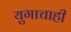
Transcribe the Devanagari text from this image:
युगाचाही